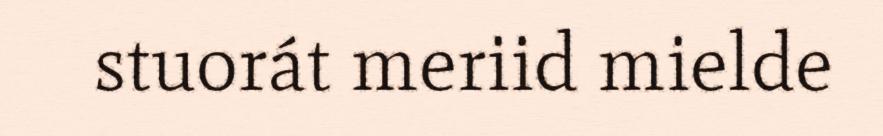
stuorát meriid mielde